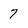
Character: 7